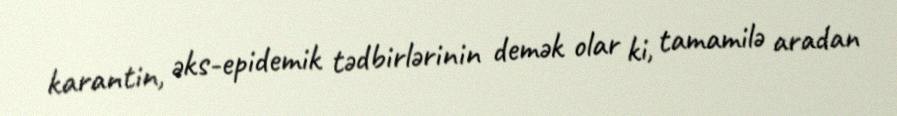
karantin, əks-epidemik tədbirlərinin demək olar ki, tamamilə aradan